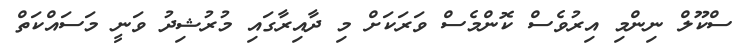
ސްކޫލް ނިންމި އިރުވެސް ކޮންމެސް ވަރަކަށް މި ދާއިރާގައި މުރުޝިދު ވަނީ މަސައްކަތް